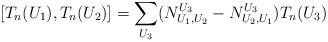
LaTeX: \begin{align*}[T_{n}(U_1), T_{n}(U_2)] = \sum_{U_3} (N_{U_1, U_2}^{U_3} - N_{U_2, U_1}^{U_3}) T_{n}(U_3)\end{align*}